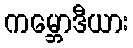
ကမ္ဘောဒီယား